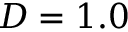
D = 1 . 0